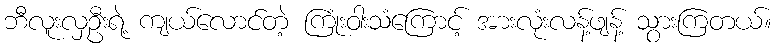
ဘီလူးလှဦးရဲ့ ကျယ်လောင်တဲ့ ကြုံးဝါးသံကြောင့် အားလုံးလန့်ဖျန့် သွားကြတယ်။